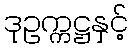
ဒုဥက္ကဋ္ဌနှင့်